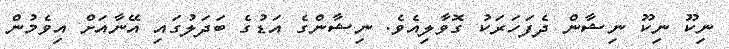
ނިކޫ ނިކޫ ނިޝާން ދެފަހަރަކު ގޮވާލިއެވެ. ނިޝާންގެ އަޑުގެ ބަދަލުގައި އޭނާއަށް އިވެމުން